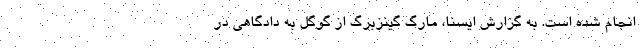
انجام شده است. به گزارش ایسنا، مارگ گینزبرگ از گوگل به دادگاهی در